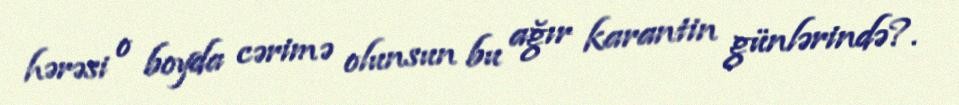
hərəsi o boyda cərimə olunsun bu ağır karantin günlərində?.